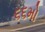
૬૬મો